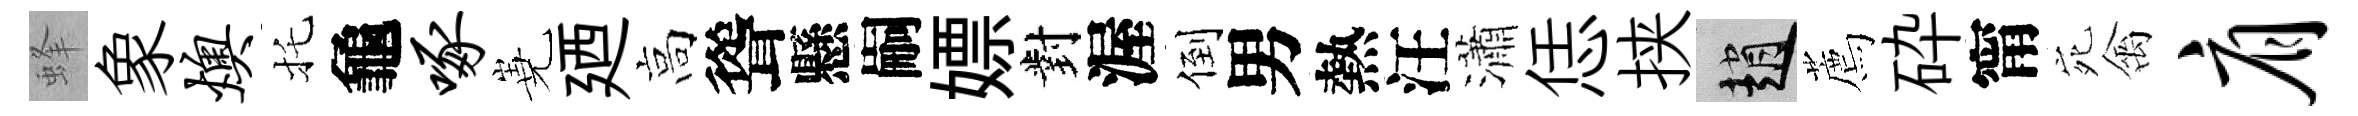
蜂象燠托龜啄嶤廼高聳懸嗣嫖對渥倒男熱汪瀟恁挟趙薦砕甯宛禽肩